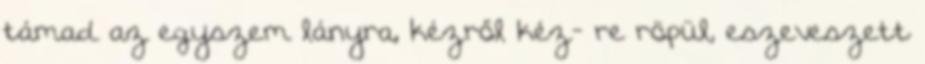
támad az egyszem lányra, kézről kéz- re röpül, eszeveszett